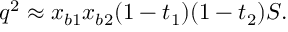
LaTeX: q ^ { 2 } \approx x _ { b 1 } x _ { b 2 } ( 1 - t _ { 1 } ) ( 1 - t _ { 2 } ) S .